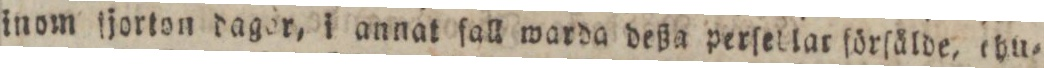
inom tjorton dagor, i annat ſall warda deßa perſettar förſålde, ehu=